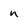
Character: n